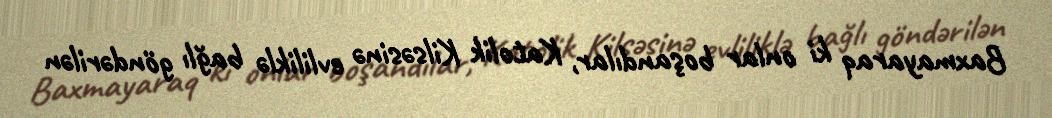
Baxmayaraq ki onlar boşandılar, Katolik Kilsəsinə evliliklə bağlı göndərilən